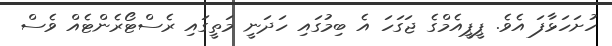
ހުށަހަޅާފަ އެވެ. ޕީޕީއެމްގެ ޖަގަހަ އެ ބިމުގައި ހަދަނީ މަތީގައި ރެސްޓޯރެންޓެއް ވެސް